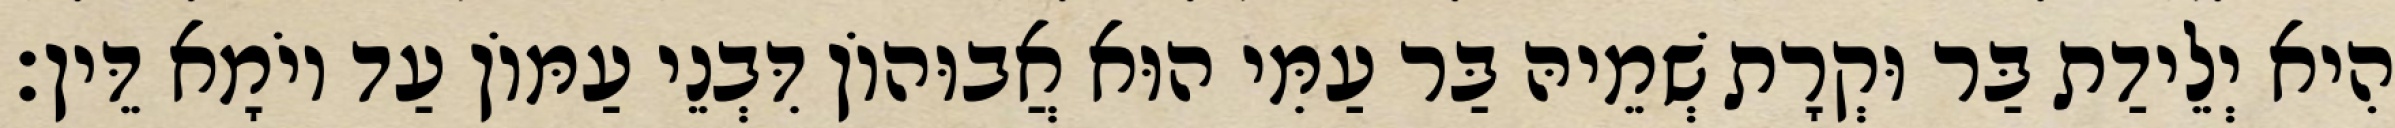
הִיא יְלֵידַת בַּר וּקְרָת שְׁמֵיהּ בַּר עַמִּי הוּא אֲבוּהוֹן דִּבְנֵי עַמּוֹן עַד יוֹמָא דֵּין׃